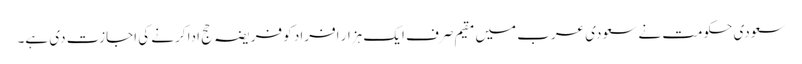
سعودی حکومت نے سعودی عرب میں مقیم صرف ایک ہزار افراد کو فریضہ حج ادا کرنے کی اجازت دی ہے۔